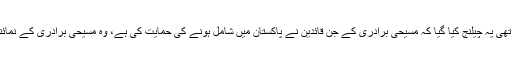
جیسا کہ امید تھی یہ چیلنج کیا گیا کہ مسیحی برادری کے جن قائدین نے پاکستان میں شامل ہونے کی حمایت کی ہے، وہ مسیحی برادری کے نمائندے نہیں ہیں۔